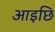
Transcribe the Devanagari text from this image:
आइछि